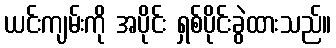
ယင်းကျမ်းကို အပိုင်း ရှစ်ပိုင်းခွဲထားသည်။